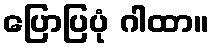
ပြောပြပုံ ဂါထာ။